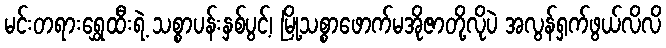
မင်းတရားရွှေထီးရဲ့ သစ္စာပန်းနှစ်ပွင့်၊ မြို့သစ္စာဖောက်မအိုဇာတို့လိုပဲ အလွန်ရှက်ဖွယ်လိလိ